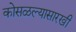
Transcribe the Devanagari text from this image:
कोसळल्यासारखी